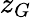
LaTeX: z_{G}